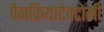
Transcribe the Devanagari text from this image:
पैनक्रियाटेक्टोमी